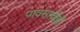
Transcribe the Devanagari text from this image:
पावसाचीही